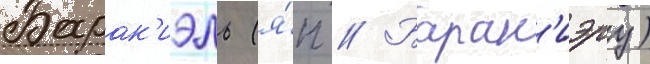
Барак'иэль (я́п // Барак'иэру)